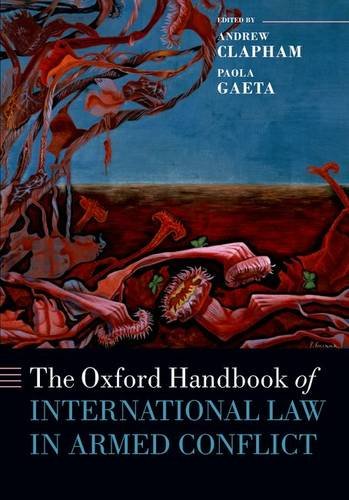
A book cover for The Oxford Handbook of International Law in Armed Conflict (Oxford Handbooks in Law); Andrew Clapham; Law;